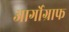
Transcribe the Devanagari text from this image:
आर्गोग्राफ